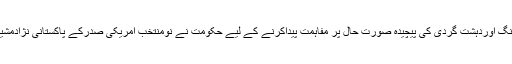
دہشت گردی کے خلاف جنگ اوردہشت گردی کی پیچیدہ صورت حال پر مفاہمت پیداکرنے کے لیے حکومت نے نومنتخب امریکی صدرکے پاکستانی نژادمشیرساجدتارڑسے رابطہ کیا۔